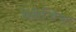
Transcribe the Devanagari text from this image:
मेनेजियर